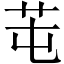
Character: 芚